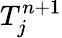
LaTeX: T_{j}^{n+1}